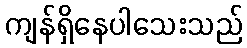
ကျန်ရှိနေပါသေးသည်